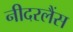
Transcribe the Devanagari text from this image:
नीदरलैंस